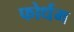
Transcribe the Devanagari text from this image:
फोर्धम